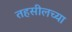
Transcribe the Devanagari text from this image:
तहसीलच्या